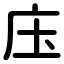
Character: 庒